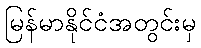
မြန်မာနိုင်ငံအတွင်းမှ